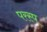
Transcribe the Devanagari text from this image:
परस्प